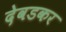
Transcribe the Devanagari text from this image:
देवडकर